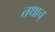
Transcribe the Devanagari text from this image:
तथाच्